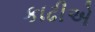
કાઢીએ